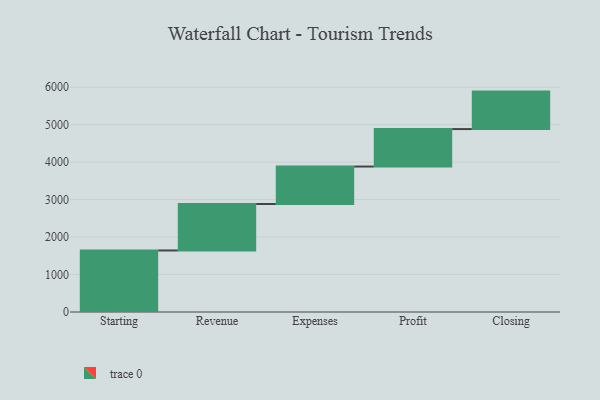
{"axis": {"x": "Step", "y": "Value"}, "legend": [""], "data": [{"x": "Starting", "y": 1642.0, "type": ""}, {"x": "Revenue", "y": 1240.0, "type": ""}, {"x": "Expenses", "y": 1000, "type": ""}, {"x": "Profit", "y": 1000, "type": ""}, {"x": "Closing", "y": 1000, "type": ""}]}